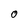
Character: 0